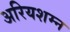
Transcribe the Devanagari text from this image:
अरियशम्न